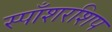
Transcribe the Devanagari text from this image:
स्पाँशरशिप